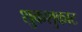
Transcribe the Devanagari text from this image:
शुकशुकाट